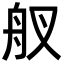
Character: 䑡